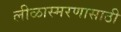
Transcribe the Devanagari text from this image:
लीळास्मरणासाठी